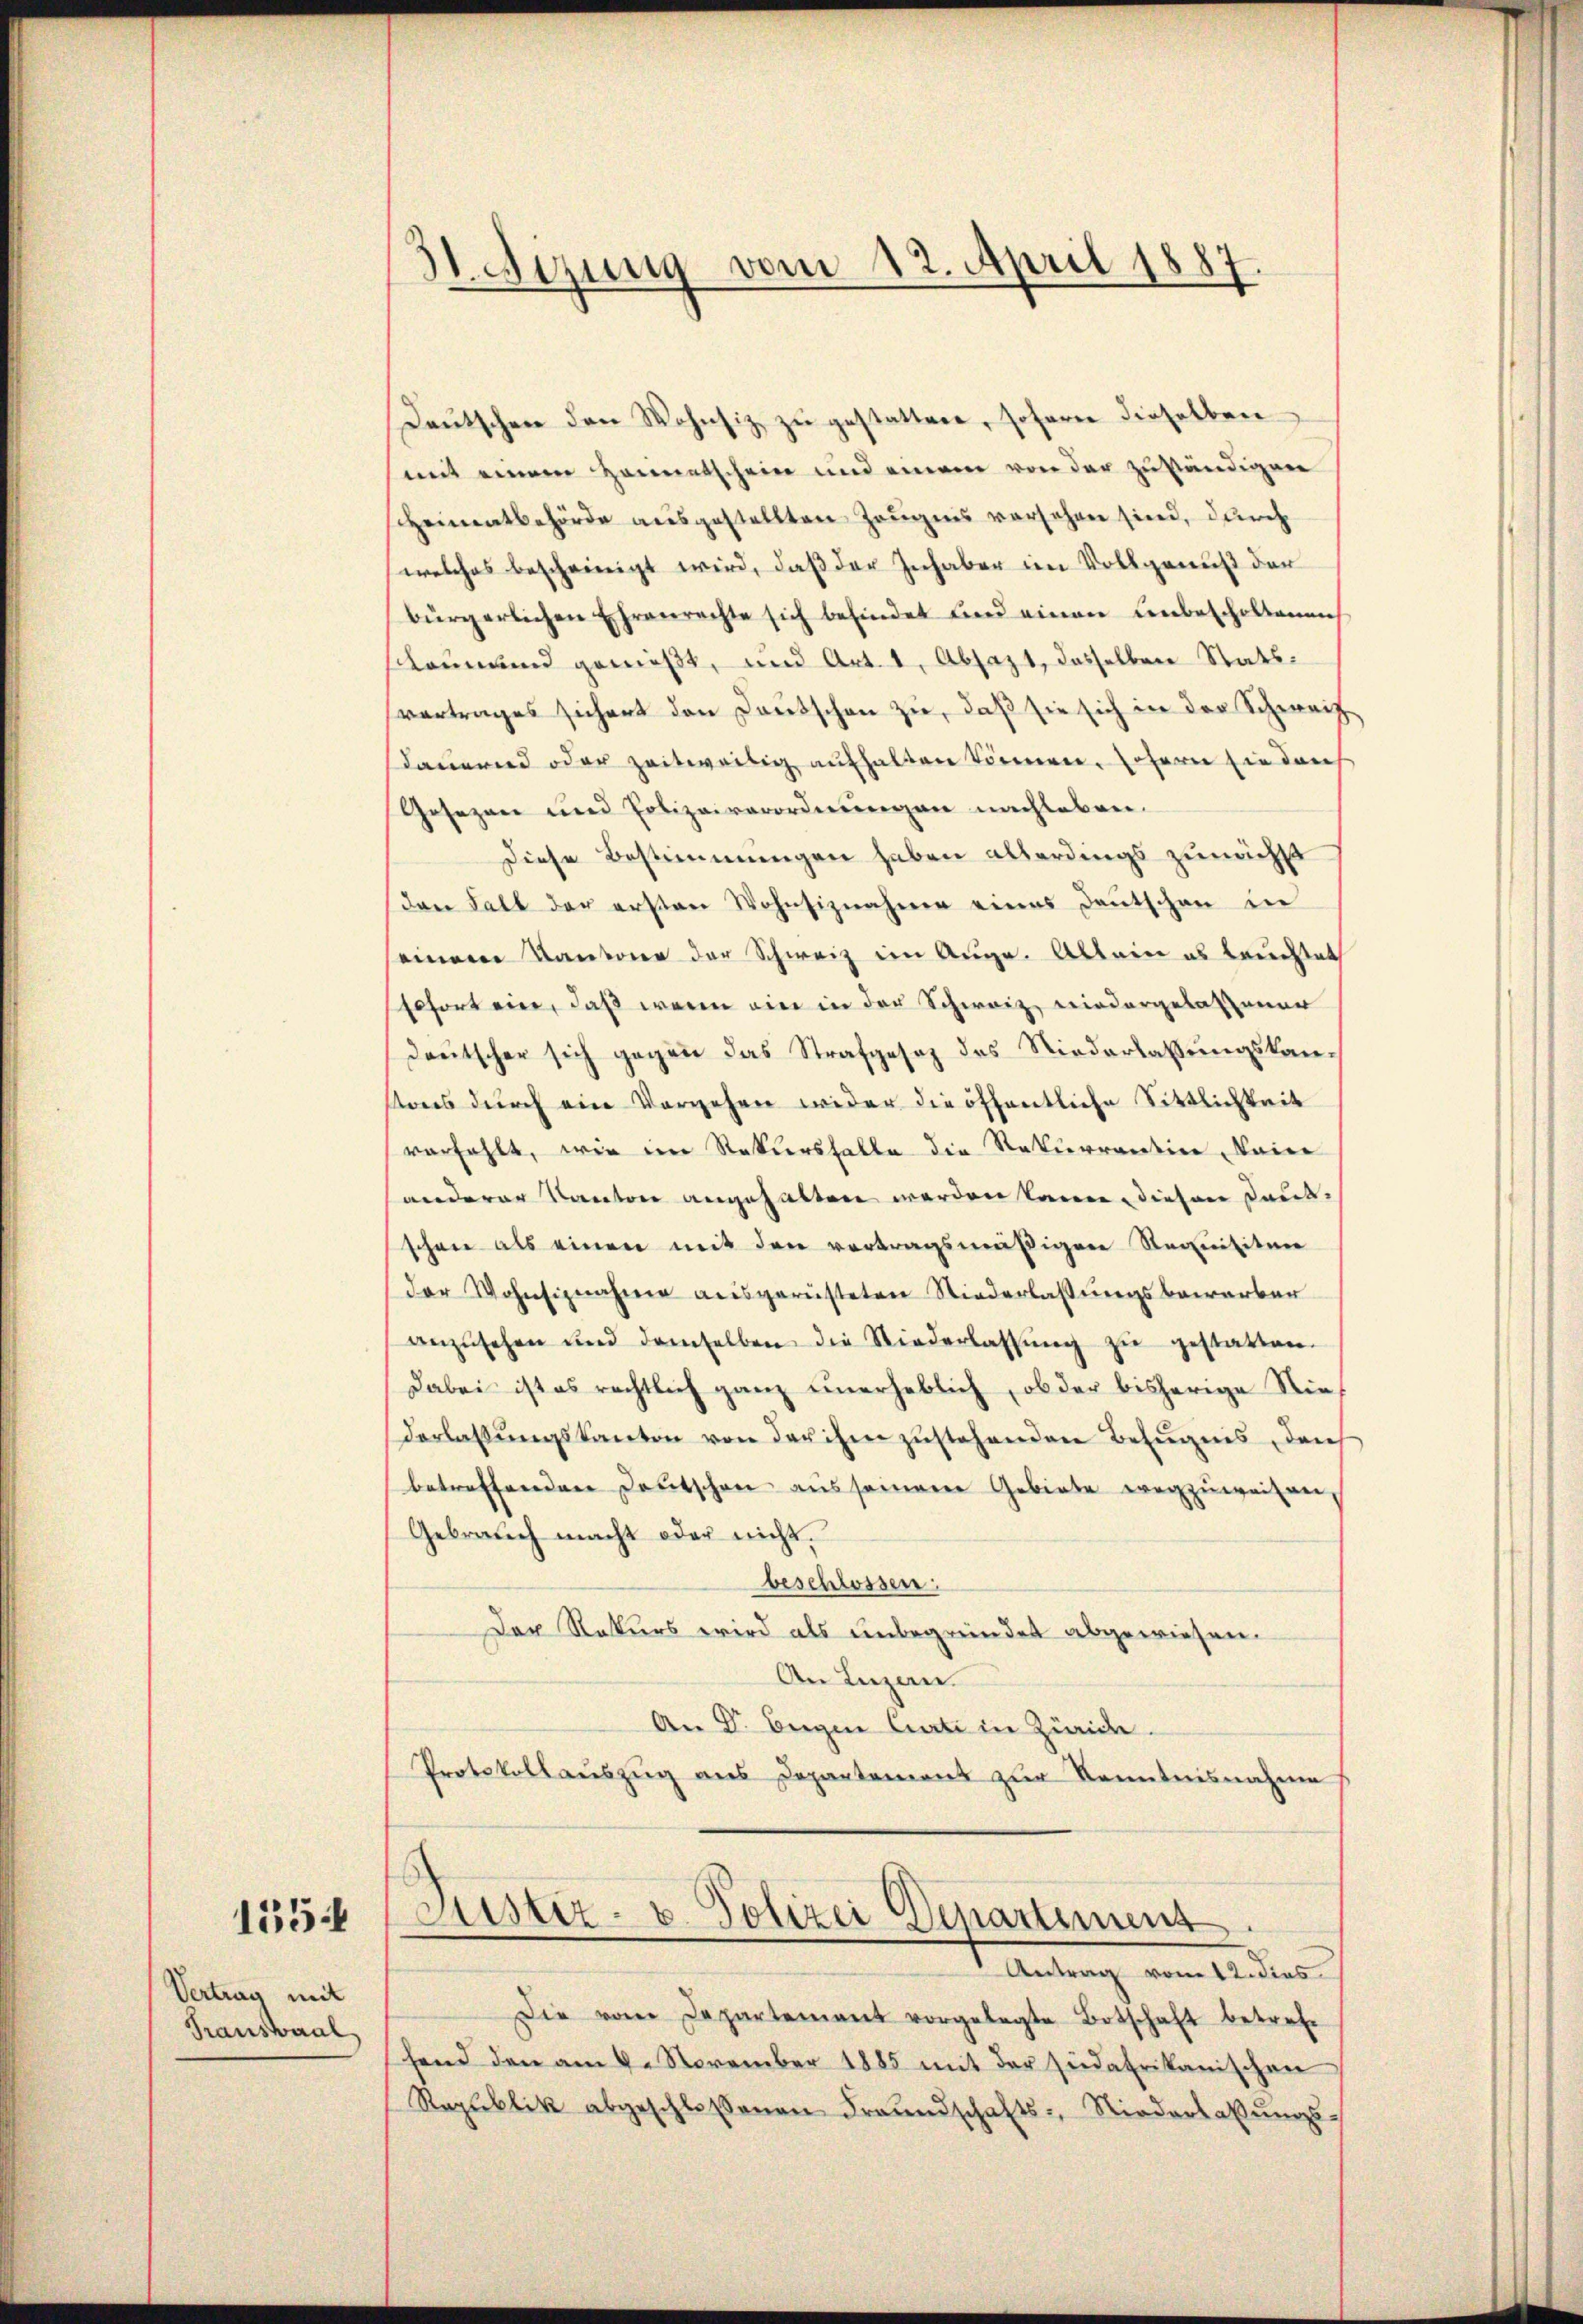
135

Vertrag mit
Transaal

31. Sizung vom 12. April 1887

Deutschen den Wohnsiz zu gestatten, sofern dieselben
mit einem Heimatschein und einem von der zuständigen
scheinentbehörde ausgestellten Zeugnis versehen sind, durch
welches bescheinigt wird, daβ der Inhaber im Vollgenuß der
bürgerlichen Ehrenrechte sich befindet und einen unbescholtenen
Leumund genießt, und Art. 1, Absazt, dasselben Statsvertrages sichert den Deutschen zu, daß sie sich in der Schweiz
kauernd oder zeitweilig aufhalten können, Johann sie den
Gesezen und Polizeiverordnungen nachleben.
Diese Bestimmungen haben allerdings zunächst
den Fall der ersten Wohnsiznahme eines Deutschen in
seinem Kantonen der Schweiz im Auge. Allein es leuchtet
sofort eine, daß wenn ein in der Schweiz niedergelassener
deutscher sich gegen das Strafgesez des Niederlaßungskansons durch ein Vorgehen wider die öffentliche Sittlichkeit
verfehlt, wie im Rekurshalte die Rekurrentin keine
anderer Kanton angehalten werden können, diesen Dank-
schnee als einen mit den vertragsmäßigen Requisiten
der Wohnsiznahme ausgerüsteten Niederlassungsbewerben
anzŭsehen und demselben die Niederlassŭng zŭ gestatten.
Dabei ist es rechtlich ganz unerheblich, ob der bisherige Stief
Verlassŭngskanton von der ihm zustehenden Befugnis durch
betreffenden Deutschen aus seineren Gebiete wegzŭweisen,
Gebrauch macht oder nicht.
beschlossen:
Der Rekurs wird als unbegründet abgewiesen.
An Luzern.
An D. Begen Carte in Zweide.
Protokollaŭszŭg aŭs Departement zŭr Kenntnisnahme

Die vom Departement vorgelegte Botschaft betref
hend den am 6. November 1885 mit der Judafrikanischen
Republik abgeschlossenen Freundschafts-, Niederlassŭngs-

Justiz- u. Polizei Departement
 Antrag vom 12. dies